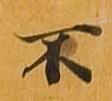
不